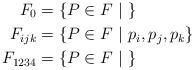
LaTeX: \begin{align*}F_{0} & = \{P\in F~|~\}\\F_{ijk} & = \{P\in F~|~p_{i},p_{j},p_{k}\}\\F_{1234} & = \{P\in F~|~\}\end{align*}